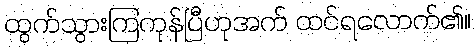
ထွက်သွားကြကုန်ပြီဟုအက် ထင်ရလောက်၏။